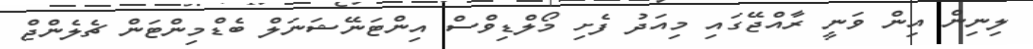
ލިނިން އިން ވަނީ ރާއްޖޭގައި މިއަދު ފެށި މޯލްޑިވްސް އިންޓަނޭޝަނަލް ބެޑްމިންޓަން ޗެލެންޖް